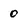
Character: 0